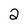
Character: 2